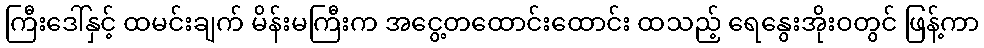
ကြီးဒေါ်နှင့် ထမင်းချက် မိန်းမကြီးက အငွေ့တထောင်းထောင်း ထသည့် ရေနွေးအိုးဝတွင် ဖြန့်ကာ